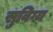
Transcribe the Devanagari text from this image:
सुविग्य